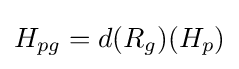
H_{pg}=d(R_{g})(H_{p})